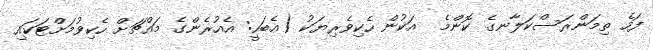
ފަހެ ތިމަންރަސްކަލާނގެ ކޮންމެ  އަކުން ހެކިވެރިޔަކު (އެބަހީ: އެއުރެންގެ މައްޗަށް ހެކިވުމަށްޓަކައި